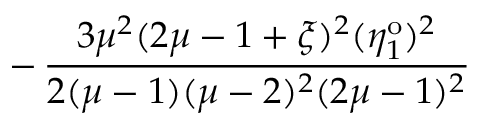
- \, \frac { 3 \mu ^ { 2 } ( 2 \mu - 1 + \xi ) ^ { 2 } ( \eta _ { 1 } ^ { \mathrm { o } } ) ^ { 2 } } { 2 ( \mu - 1 ) ( \mu - 2 ) ^ { 2 } ( 2 \mu - 1 ) ^ { 2 } }